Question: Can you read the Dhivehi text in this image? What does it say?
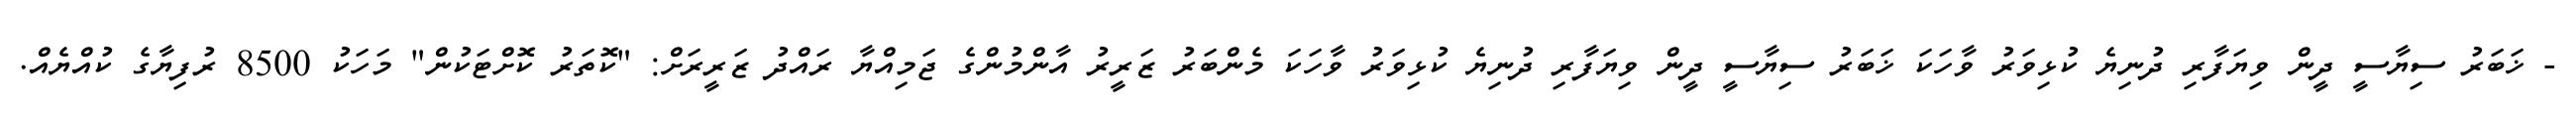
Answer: - ޚަބަރު ސިޔާސީ ދީން ވިޔަފާރި ދުނިޔެ ކުޅިވަރު ވާހަކަ ޚަބަރު ސިޔާސީ ދީން ވިޔަފާރި ދުނިޔެ ކުޅިވަރު ވާހަކަ މެންބަރު ޒަރީރު އާންމުންގެ ޖަމިއްޔާ ރައްދު ޒަރީރަށް: "ކޮތަރު ކޮށްޓަކުން" މަހަކު 8500 ރުފިޔާގެ ކުއްޔެއް.